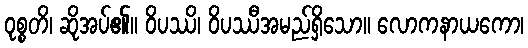
ဝုစ္စတိ၊ ဆိုအပ်၏။ ဝိပဿိ၊ ဝိပဿီအမည်ရှိသော။ လောကနာယကော၊